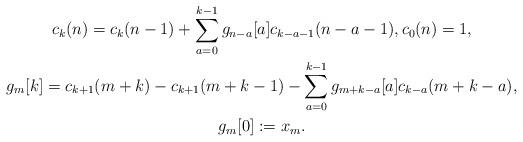
LaTeX: \begin{gather*}c_k(n)=c_k(n-1)+\sum_{a=0}^{k-1}g_{n-a}[a]c_{k-a-1}(n-a-1),c_0(n)=1,\\g_m[k]=c_{k+1}(m+k)-c_{k+1}(m+k-1)-\sum_{a=0}^{k-1}g_{m+k-a}[a]c_{k-a}(m+k-a), \\ g_{m}[0]:=x_m.\end{gather*}